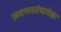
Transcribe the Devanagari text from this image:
लवणस्तंभापेक्षा